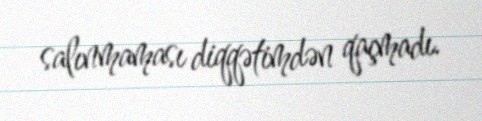
salınmaması diqqətimdən qaçmadı.